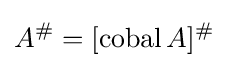
A^{\#}=[\operatorname {cobal} A]^{\#}